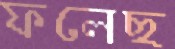
ফলেছ